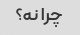
چرا نه؟